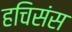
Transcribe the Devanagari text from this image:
हचिसंस